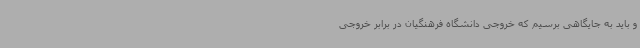
و باید به جایگاهی برسیم که خروجی دانشگاه فرهنگیان در برابر خروجی